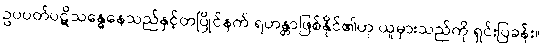
ဥပပတ်ပဋိသန္ဓေနေသည်နှင့်တပြိုင်နက် ရဟန္တာဖြစ်နိုင်၏ဟု ယူမှားသည်ကို ရှင်းပြခန်း။